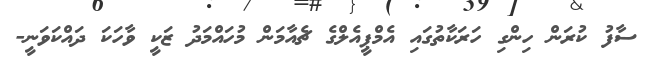
ސާފު ކުރަން ހިންގި ހަރަކާތުގައި އެމްޕީއެލްގެ ޗެއާމަން މުހައްމަދު ޒަކީ ވާހަކަ ދައްކަވަނީ-